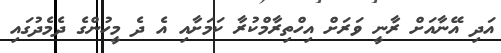
އަދި އޭނާއަށް ރާނީ ވަރަށް އިހްތިރާމްކުރާ ކަމަށާއި އެ ދެ މީހުންގެ ދެމެދުގައި